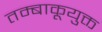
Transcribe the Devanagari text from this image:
तम्बाकूयुक्त